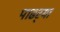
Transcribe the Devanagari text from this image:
पाढर्‍या